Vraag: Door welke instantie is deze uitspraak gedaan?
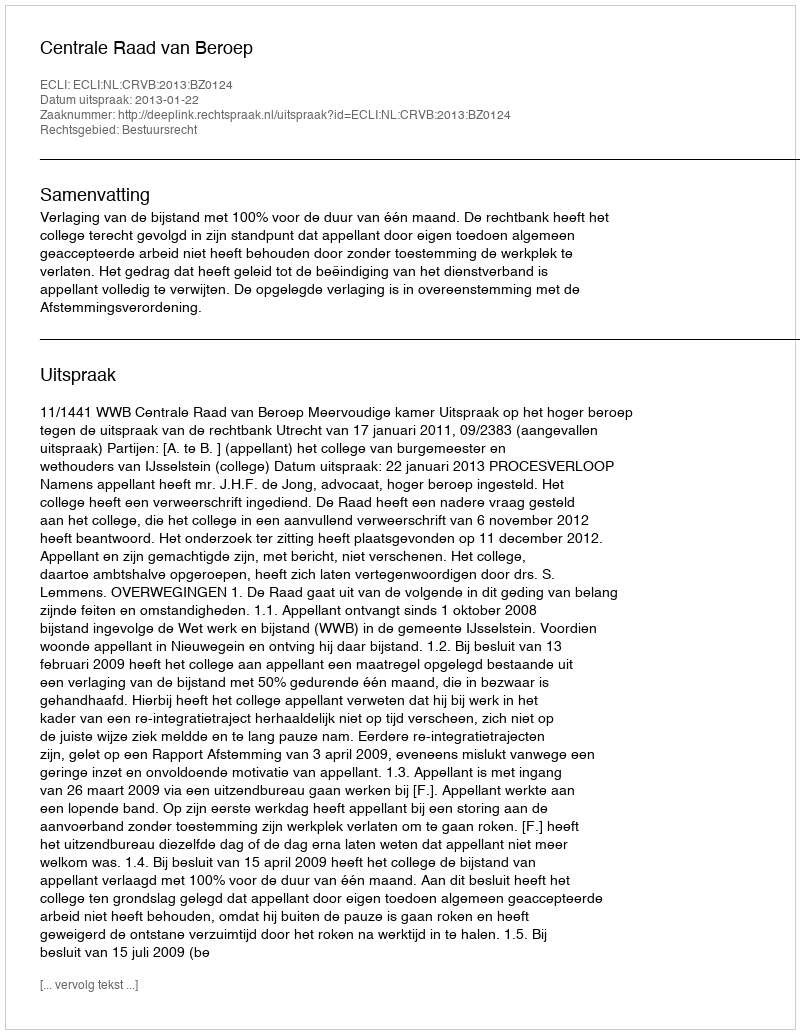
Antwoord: Centrale Raad van Beroep